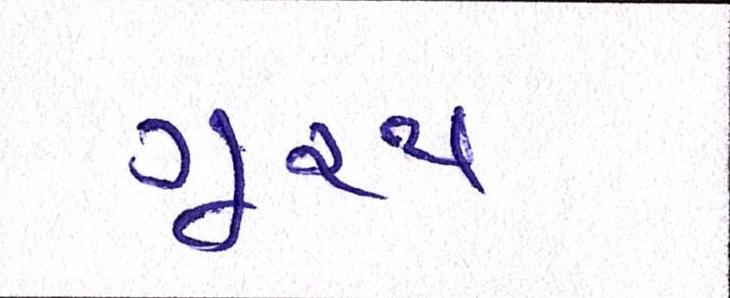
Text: ગૂ્રપ